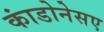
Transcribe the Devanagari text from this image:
कांडोनेसए